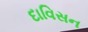
દાવિસન